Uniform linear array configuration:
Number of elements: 64
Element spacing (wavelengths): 1
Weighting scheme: uniform
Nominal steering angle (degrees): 45
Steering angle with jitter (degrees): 46.095
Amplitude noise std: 0.05
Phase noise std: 0.05

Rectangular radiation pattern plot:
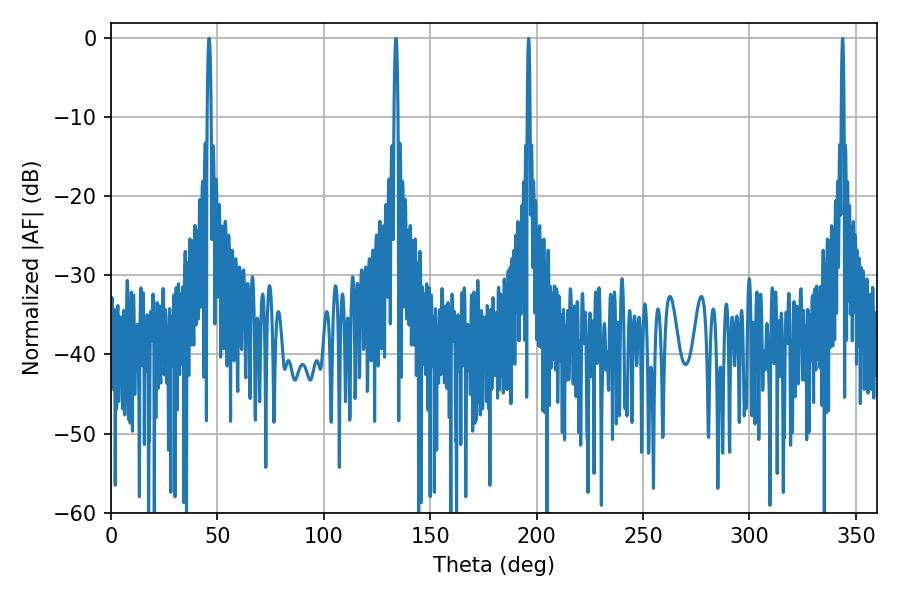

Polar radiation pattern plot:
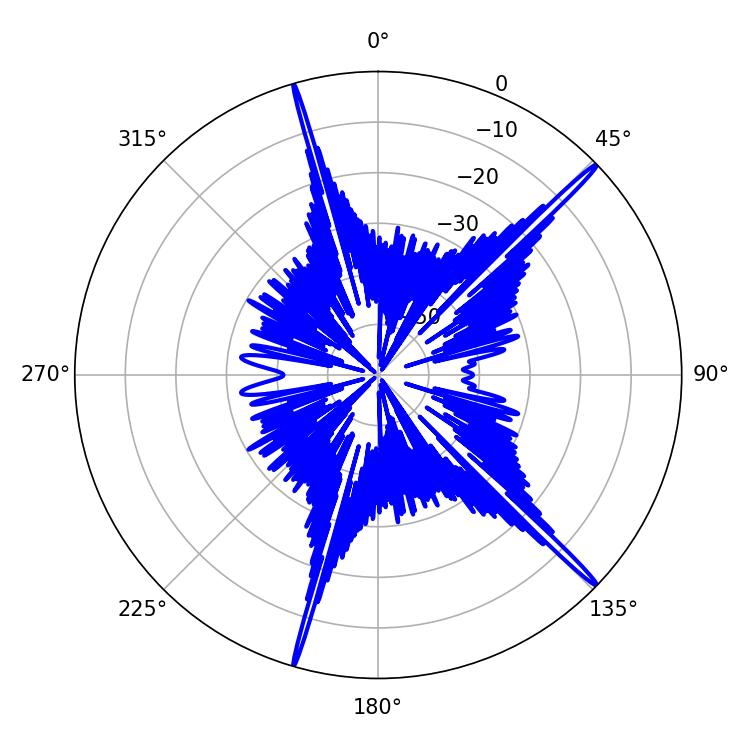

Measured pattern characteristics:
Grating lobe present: TRUE
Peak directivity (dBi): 19.353
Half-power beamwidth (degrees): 1.08
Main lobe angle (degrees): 46.08